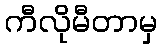
ကီလိုမီတာမှ